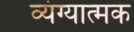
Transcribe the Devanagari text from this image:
व्‍यंग्‍यात्‍मक